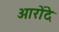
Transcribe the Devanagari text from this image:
आरोंदे